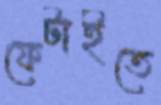
ফেটাইতে